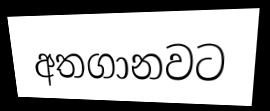
අතගානවට